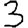
Digit: 3